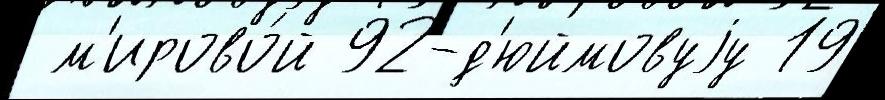
 м'ирово́й 92-д'юймовуjу 19